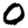
Digit: 0